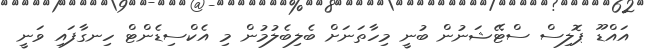
އައްޑޫ ޕޮލިސް ސްޓޭޝަނުން ބުނީ މިހާތަނަށް ބެލިބެލުމުން މި އެކްސިޑެންޓް ހިނގާފައި ވަނީ